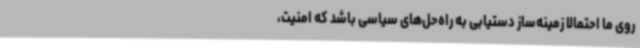
روی ما احتمالا زمینه‌ساز دستیابی به راه‌حل‌های سیاسی باشد که امنیت،